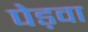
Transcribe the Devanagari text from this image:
पेड़वा